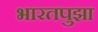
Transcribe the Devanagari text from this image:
भारतपुझा